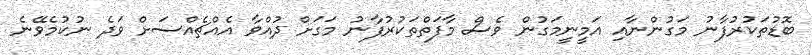
ބޮޑުތަކުރުފާނު މަގުންނާއި އަމީނީމަގުން ވެސް މާފަތްތަކުރުފާނު މަގަށް ދުއްވާ އެއްޗެއްސަށް ވަދެ ނުކުމެވޭނެ